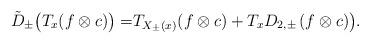
LaTeX: \begin{align*}\tilde{D}_{\pm} \bigl( T_{x}(f\otimes c)\bigr)=& T_{X_{\pm} (x)}(f\otimes c)+T_{x} D_{2,\pm} \left(f\otimes c\right)\bigr).\end{align*}